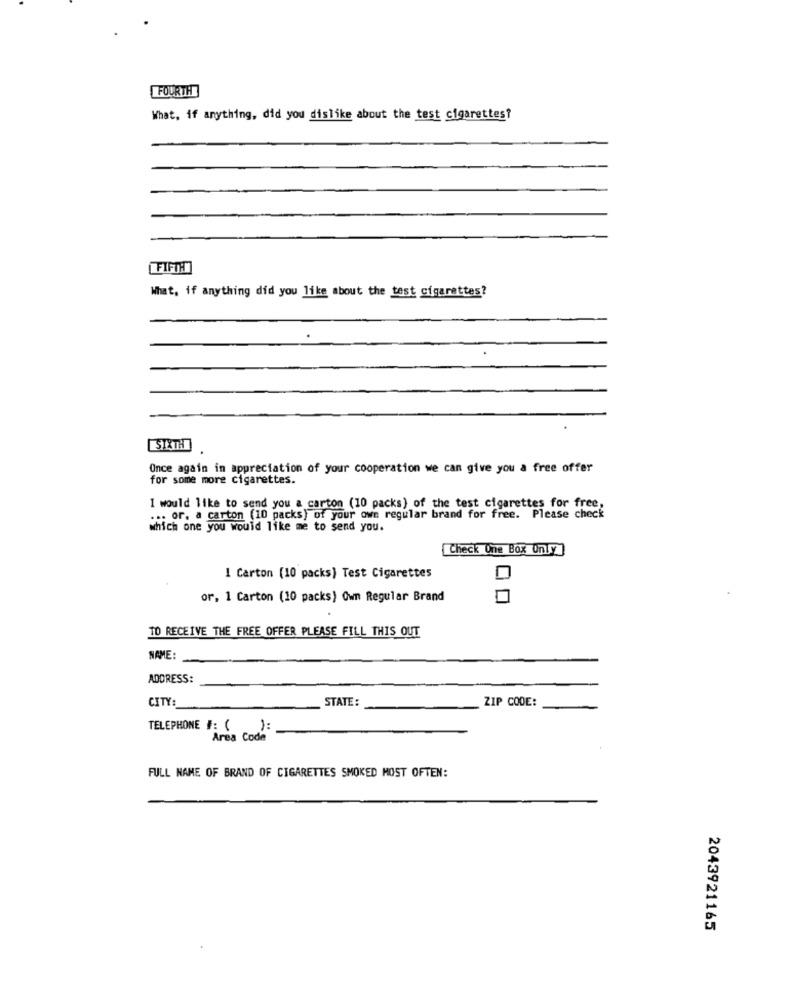
FOURTH
What, if anything, did you dislike about the test cigarettes?
What, if anything did you like about the test cigarettes?
SIXTH
Once again in appreciation of your cooperation we can give you a free offer
for some more cigarettes.
I would like to send you a carton (10 packs) of the test cigarettes for free,
... or. a carton (10 packs) of your own regular brand for free. Please check
which one you would like me to send you.
Check One Box Only
1 Carton (10 packs) Test Cigarettes
or, 1 Carton (10 packs) Own Regular Brand
TO RECEIVE THE FREE OFFER PLEASE FILL THIS OUT
NAME:
ADDRESS:
CITY:
STATE:
ZIP CODE:
TELEPHONE : ()=
Area Code
FULL NAME OF BRAND OF CIGARETTES SMOKED MOST OFTEN:
2043921165